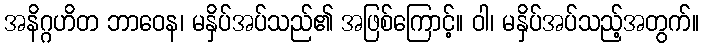
အနိဂ္ဂဟိတ ဘာဝေန၊ မနှိပ်အပ်သည်၏ အဖြစ်ကြောင့်။ ဝါ၊ မနှိပ်အပ်သည့်အတွက်။